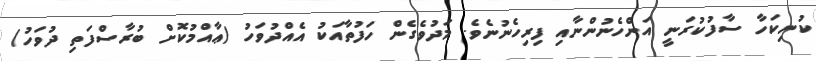
ކުނިކަހާ ސާފުކުރަނީ އަންހެނުންނާއި ފިރިހެނުނެވެ. މަދުވެގެން ހަފުތާއަކު އެއްދުވަހު (ޢާއްމުކޮށް ބުރާސްފަތި ދުވަހު)